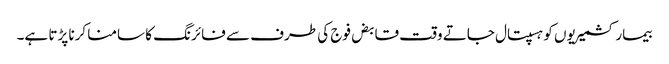
بیمار کشمیریوں کو ہسپتال جاتے وقت قابض فوج کی طرف سے فائرنگ کا سامنا کرنا پڑتا ہے۔